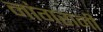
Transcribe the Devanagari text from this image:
नांगरानी